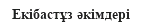
Екібастұз әкімдері